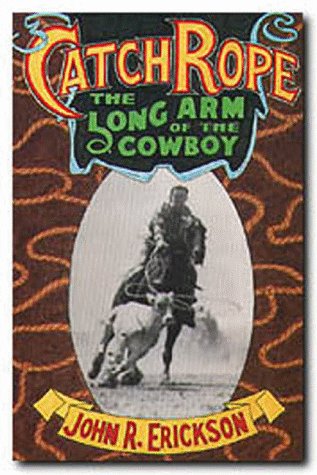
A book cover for Catch Rope: The Long Arm of the Cowboy (The history and evolution of ranch roping); John R. Erickson; Sports & Outdoors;